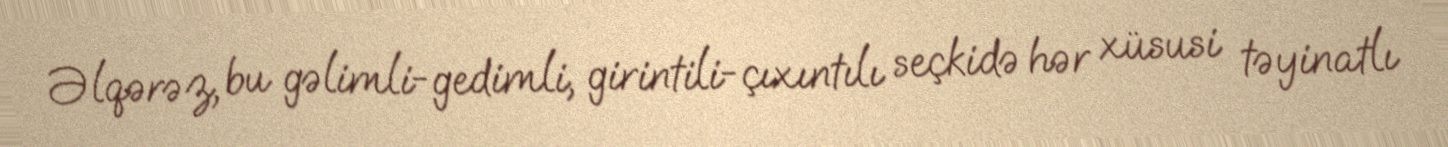
Əlqərəz, bu gəlimli-gedimli, girintili-çıxıntılı seçkidə hər xüsusi təyinatlı